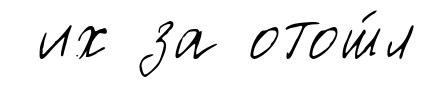
их за отош́л